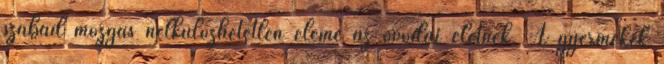
szabad mozgás nélkülözhetetlen eleme az óvodai életnek. A gyermekek